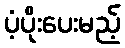
ပံ့ပိုးပေးမည့်